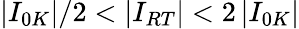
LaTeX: \left\vert I_{0K}\right\vert/2<\left\vert I_{RT}\right\vert<2\left\vert I_{0K}\right\vert